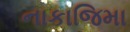
નાકાજિમા